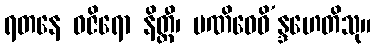
ရတနေ ဝဇိရော နိတ္ထီ၊ မဏိဝေဓိ’န္ဒဟေတိသု။